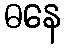
ဓနေ